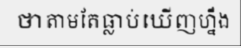
ថាតាមតែធ្លាប់ឃើញហ្នឹង